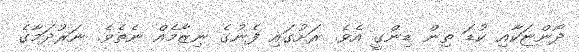
ދޯންޏަކާއި ކުޑަ ތިން ޑިންގީ އެވެ. ރަށުގައި ފެނުގެ ނިޒާމެއް ނެތެވެ. ނަރުދަމާގެ